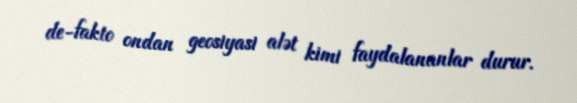
de-fakto ondan geosiyasi alət kimi faydalananlar durur.